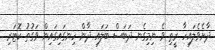
ދާށެވެލައިހާ ރީތި ވެ ނިމިގެނ ދަބަސް ބަލައި ދާން ހިނގައިގައިން ވަގުތު ކޮޓަރި